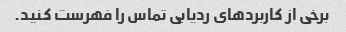
برخی از کاربردهای ردیابی تماس را فهرست کنید.